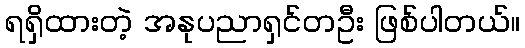
ရရှိထားတဲ့ အနုပညာရှင်တဦး ဖြစ်ပါတယ်။